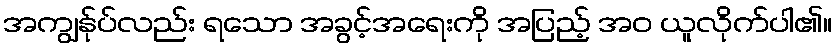
အကျွန်ုပ်လည်း ရသော အခွင့်အရေးကို အပြည့် အဝ ယူလိုက်ပါ၏။